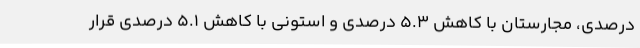
درصدی، مجارستان با کاهش 5.3 درصدی و استونی با کاهش 5.1 درصدی قرار